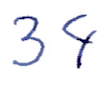
Text: 34
Cross-out: clean
Writing tool: ballpoint